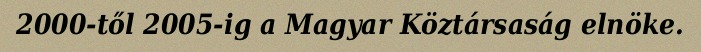
2000-től 2005-ig a Magyar Köztársaság elnöke.